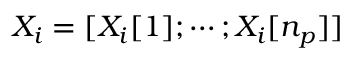
X _ { i } = [ X _ { i } [ 1 ] ; \cdots ; X _ { i } [ n _ { p } ] ]